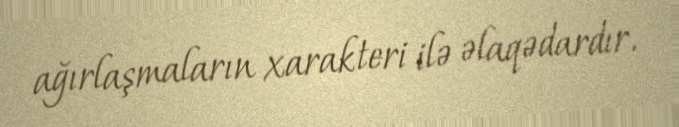
ağırlaşmaların xarakteri ilə əlaqədardır.